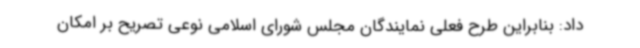
داد: بنابراین طرح فعلی نمایندگان مجلس شورای اسلامی نوعی تصریح بر امکان